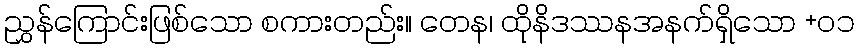
ညွှန်ကြောင်းဖြစ်သော စကားတည်း။ တေန၊ ထိုနိဒဿနအနက်ရှိသော +၀၁